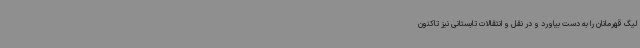
لیگ قهرمانان را به دست بیاورد و در نقل و انتقالات تابستانی نیز تاکنون